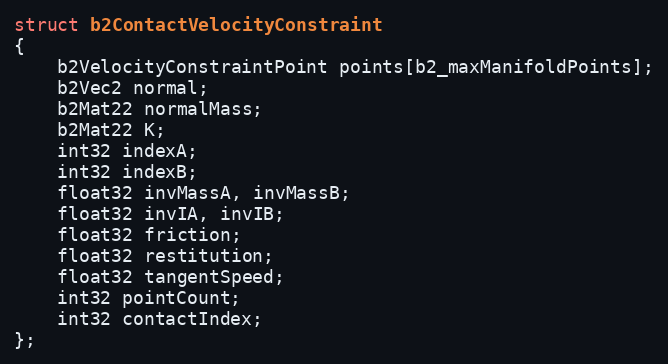
Language: C
struct b2ContactVelocityConstraint
{
	b2VelocityConstraintPoint points[b2_maxManifoldPoints];
	b2Vec2 normal;
	b2Mat22 normalMass;
	b2Mat22 K;
	int32 indexA;
	int32 indexB;
	float32 invMassA, invMassB;
	float32 invIA, invIB;
	float32 friction;
	float32 restitution;
	float32 tangentSpeed;
	int32 pointCount;
	int32 contactIndex;
};